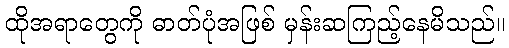
ထိုအရာတွေကို ဓာတ်ပုံအဖြစ် မှန်းဆကြည့်နေမိသည်။